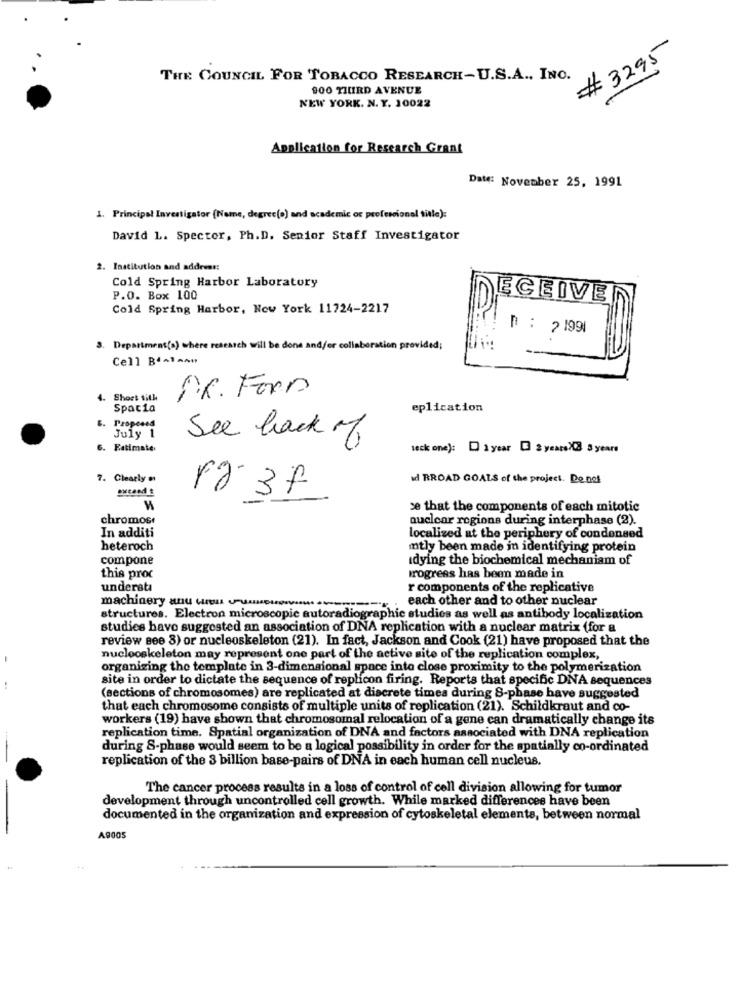
# 3295
THE COUNCIL FOR TOBACCO RESEARCH-U.S.A ., INC.
900 THIRD AVENUE
NEW YORK. N. Y. 10022
Application for Research Grant
Date: November 25, 1991
1. Principal Investigator (Nome, degrec(o) and academic or professional title):
David L. Spector, Ph.D. Senior Staff Investigator
2. Institution and address:
Cold Spring Harbor Laboratory
P.O. Box 100
ECEIVED
Cold Spring Harbor, New York 11724-2217
D : 2 1991
Department(s) where research will be done and/or collaboration provided;
Cell Bdalawn
4. Short sith
PR. Form
Spacia
eplication
B. Proposed
July 1
See back of
6. Fatimate
leck one): D 1 year [ 2 yearsX3 3 years
7. Clearly #1
id BROAD GOALS of the project. De not
rg- 37
M
se that the components of each mitotic
chromos
nuclear regions during interphase (2).
In additi
localized at the periphery of condensed
heteroch
mtly been made in identifying protein
compone
idying the biochemical mechanism of
this proc
Progress has been made in
underata
r components of the replicative
machinery and win um
each other and to other nuclear
structures. Electron microscopic autoradiographic studies as well as antibody localization
studies have suggested an association of DNA replication with a nuclear matrix (for a
review see 3) or nucleoskeleton (21). In fact, Jackson and Cook (21) have proposed that the
nucleoskeleton may represent one part of the active site of the replication complex,
organizing the template in 3-dimensional space inte close proximity to the polymerization
site in order to dictate the sequence of replicon firing. Reports that specific DNA sequences
(sections of chromosomes) are replicated at discrete times during S-phase have suggested
that each chromosome consists of multiple units of replication (21). Schildkraut and co-
workers (19) have shown that chromosomal relocation of a gene can dramatically change its
replication time. Spatial organization of DNA and factors associated with DNA replication
during S-phase would seem to be a logical possibility in order for the spatially co-ordinated
replication of the 3 billion base-pairs of DNA in each human cell nucleus.
The cancer process results in a loss of control of cell division allowing for tumor
development through uncontrolled cell growth. While marked differences have been
documented in the organization and expression of cytoskeletal elements, between normal
A9005